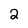
Character: 2